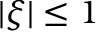
| \xi | \leq 1